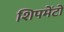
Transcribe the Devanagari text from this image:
शिपमेंटों